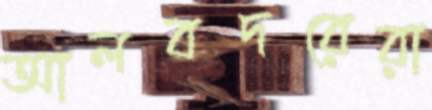
আলবদরেরা